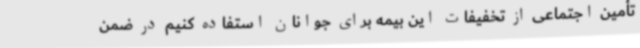
تأمین اجتماعی از تخفیفات این بیمه برای جوانان استفاده کنیم در ضمن